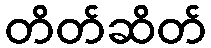
တိတ်ဆိတ်